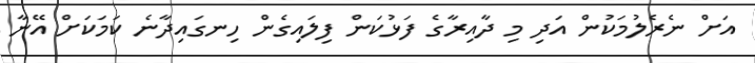
އަށް ނެރެލުމަކުން އަދި މި ދާއިރާގެ ފަޅުކަން ފިލައިގެން ހިނގައިދާނެ ކަމަކަށް އޭނާ